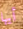
أيها